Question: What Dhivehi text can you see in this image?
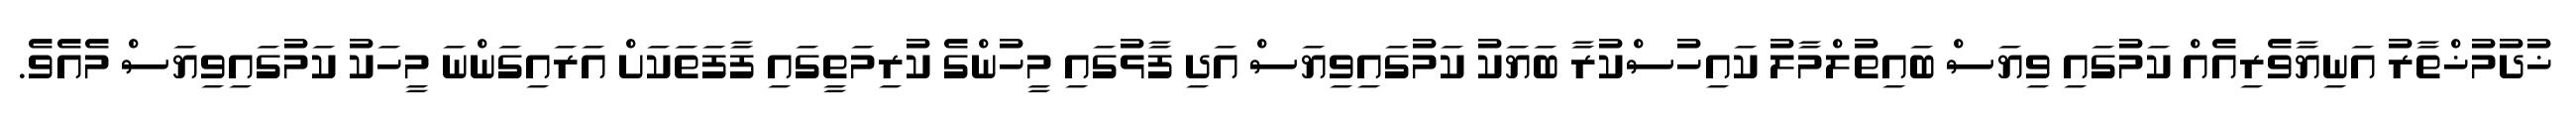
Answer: ޚުދުމުޚްތާރު އަނިޔާވެރިއެއް ކަމުގައި ވިޔަސް ބައިތުލްމާލު ކައިހުސްކުރާ ބަޔަކު ކަމުގައިވިޔަސް އަދި ފާޅުގައި މީހުންގެ ކުރިމަތީގައި ފާފަތަކަށް އަރައިގަންނަ މީހަކު ކަމުގައިވިޔަސް މެއެވެ.